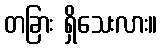
တခြား ရှိသေးလား။